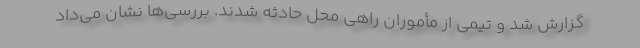
گزارش شد و تیمی از مأموران راهی محل حادثه شدند. بررسی‌ها نشان می‌داد